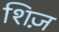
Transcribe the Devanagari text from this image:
शिज़